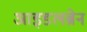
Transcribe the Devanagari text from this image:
आइडलब्रेन